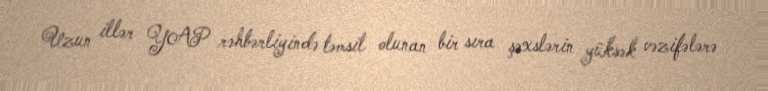
Uzun illər YAP rəhbərliyində təmsil olunan bir sıra şəxslərin yüksək vəzifələrə